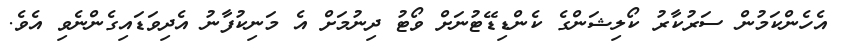
އެހެންކަމުން ސަރުުކާރު ކޯލިޝަންގެ ކެންޑިޑޭޓުނަށް ވޯޓު ދިނުމަށް އެ މަނިކުފާނު އެދިވަޑައިގެންނެވި އެވެ.